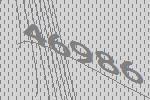
46986